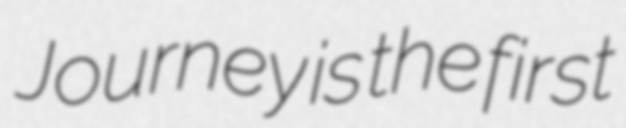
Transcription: Journey is the first